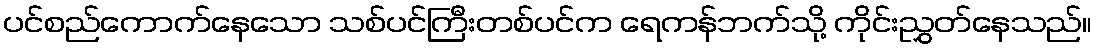
ပင်စည်ကောက်နေသော သစ်ပင်ကြီးတစ်ပင်က ရေကန်ဘက်သို့ ကိုင်းညွှတ်နေသည်။